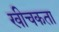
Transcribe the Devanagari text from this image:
खीचकता